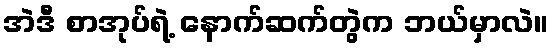
အဲဒီ စာအုပ်ရဲ့ နောက်ဆက်တွဲက ဘယ်မှာလဲ။